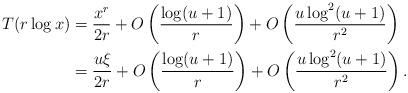
LaTeX: \begin{align*} T(r\log x)&=\frac{x^r}{2r}+O\left(\frac{\log (u+1)}{r}\right)+O\left(\frac{u\log^2(u+1)}{r^2}\right)\\ &= \frac{u\xi}{2r}+O\left(\frac{\log (u+1)}{r}\right)+O\left(\frac{u\log^2(u+1)}{r^2}\right).\end{align*}